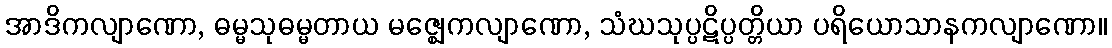
အာဒိကလျာဏော, ဓမ္မသုဓမ္မတာယ မဇ္ဈေကလျာဏော, သံဃသုပ္ပဋိပ္ပတ္တိယာ ပရိယောသာနကလျာဏော။